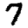
Digit: 7